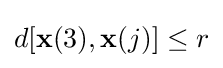
d[\mathbf {x} (3),\mathbf {x} (j)]\leq r